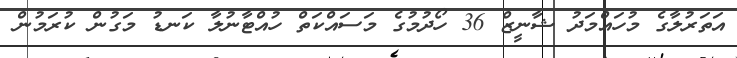
އަތަރުލާގެ މުހައްމަދު ޝާނީޒް 36 ހޯދުމުގެ މަސައްކަތް ހުއްޓާނުލާ ކަނޑު މަގުން ކުރަމުން